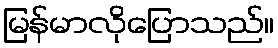
မြန်မာလိုပြောသည်။